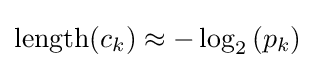
\mathrm {length} (c_{k})\approx -\log _{2}\left(p_{k}\right)